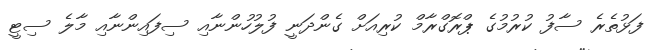
ފަޅުތެރެ ސާފު ކުރުމުގެ ޕްރޮގްރާމް ކުރިއަށް ގެންދަނީ ފުލުހުންނާއި ސިފައިންނާއި މާލެ ސިޓީ